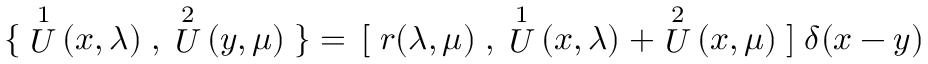
\{ \; \stackrel { 1 } { U } ( x , \lambda ) \; , \; \stackrel { 2 } { U } ( y , \mu ) \; \} = \, { [ } \; r ( \lambda , \mu ) \; , \; \stackrel { 1 } { U } ( x , \lambda ) \; + \stackrel { 2 } { U } ( x , \mu ) \; { ] } \; \delta ( x - y )